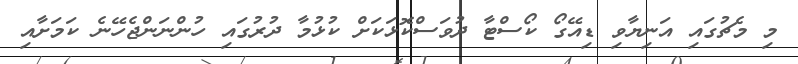
މި މެޗުގައި އަނިޔާވި ޑިއޭގޯ ކޯސްޓާ ދުވަސްކޮޅަކަށް ކުޅުމާ ދުރުގައި ހުންނަންޖެހޭނެ ކަމަށާއި